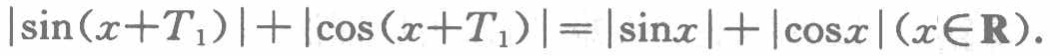
\(\vert\sin(x + T_1)\vert+\vert\cos(x + T_1)\vert=\vert\sin x\vert+\vert\cos x\vert(x\in\mathbf{R})\)